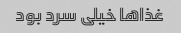
غذا‌ها خیلی سرد بود